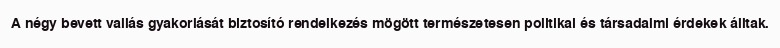
A négy bevett vallás gyakorlását biztosító rendelkezés mögött természetesen politikai és társadalmi érdekek álltak.